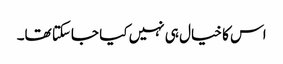
اس کا خیال ہی نہیں کیا جاسکتا تھا۔